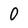
Character: 0